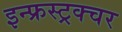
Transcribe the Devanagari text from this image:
इन्फ्रस्ट्रक्चर